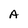
Character: A